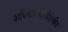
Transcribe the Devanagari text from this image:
अधिकाऱ्यांनीदेखील